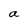
Character: a